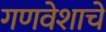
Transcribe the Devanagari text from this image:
गणवेशाचे